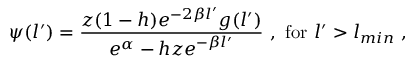
\psi ( l ^ { \prime } ) = \frac { z ( 1 - h ) e ^ { - 2 \beta l ^ { \prime } } g ( l ^ { \prime } ) } { e ^ { \alpha } - h z e ^ { - \beta l ^ { \prime } } } \ , \ \mathrm { f o r } \ l ^ { \prime } > l _ { m i n } \ ,